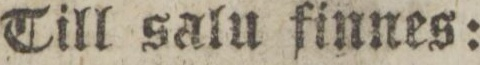
Till salu finnes: